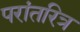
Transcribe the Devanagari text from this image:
परांतरित्र